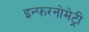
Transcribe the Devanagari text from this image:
इन्फरनोमेट्री